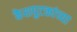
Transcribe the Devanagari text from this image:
केशपुटकांच्या